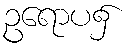
ဥရောပ၌